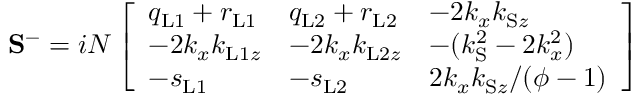
\mathbf { S } ^ { - } = i N \left[ \begin{array} { l l l } { q _ { \mathrm { L 1 } } + r _ { \mathrm { L 1 } } } & { q _ { \mathrm { L 2 } } + r _ { \mathrm { L 2 } } } & { - 2 k _ { x } k _ { \mathrm { S } z } } \\ { - 2 k _ { x } k _ { \mathrm { L 1 } z } } & { - 2 k _ { x } k _ { \mathrm { L 2 } z } } & { - ( k _ { \mathrm { S } } ^ { 2 } - 2 k _ { x } ^ { 2 } ) } \\ { - s _ { \mathrm { L 1 } } } & { - s _ { \mathrm { L 2 } } } & { 2 k _ { x } k _ { \mathrm { S } z } / ( \phi - 1 ) } \end{array} \right]